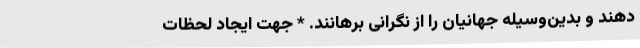
دهند و بدین‌وسیله جهانیان را از نگرانی برهانند. * جهت ایجاد لحظات